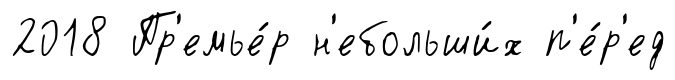
2018 Пр'емье́р н'ебольши́х п'е́р'ед